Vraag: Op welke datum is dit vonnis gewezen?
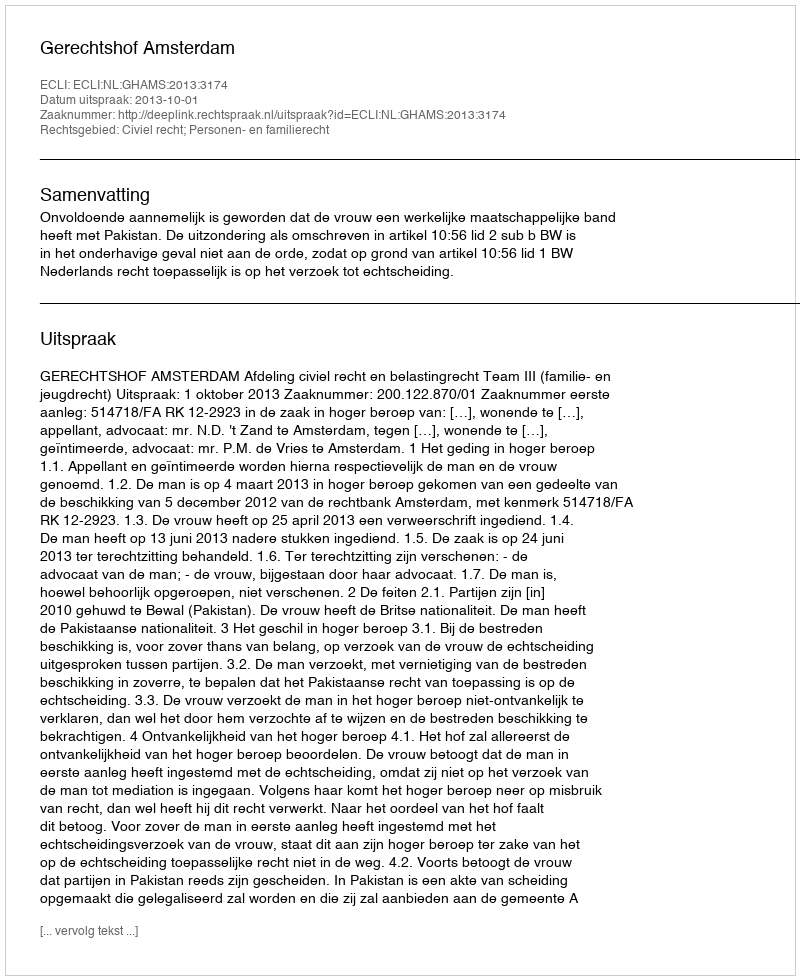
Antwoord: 2013-10-01